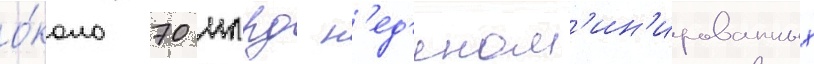
о́коло 70 млрд н'ед'еном'ин'ированных